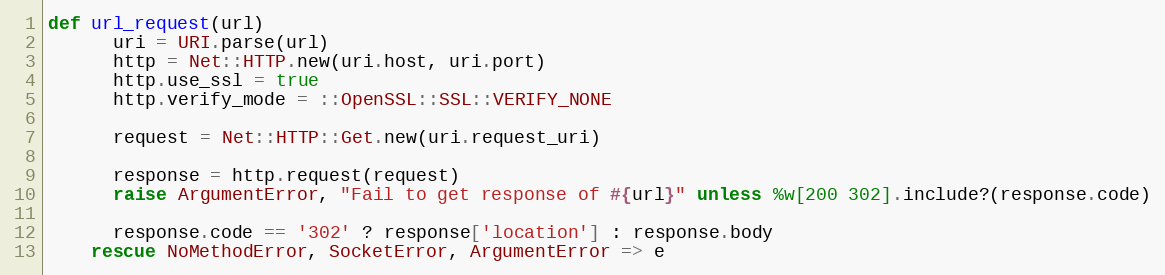
Language: Ruby
def url_request(url)
      uri = URI.parse(url)
      http = Net::HTTP.new(uri.host, uri.port)
      http.use_ssl = true
      http.verify_mode = ::OpenSSL::SSL::VERIFY_NONE

      request = Net::HTTP::Get.new(uri.request_uri)

      response = http.request(request)
      raise ArgumentError, "Fail to get response of #{url}" unless %w[200 302].include?(response.code)

      response.code == '302' ? response['location'] : response.body
    rescue NoMethodError, SocketError, ArgumentError => e